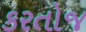
કરતોજ